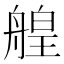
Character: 艎